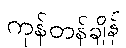
ကုန်တန်ချိန်